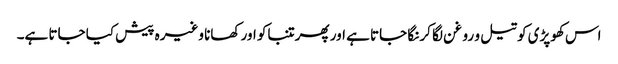
اس کھوپڑی کو تیل و روغن لگا کر نگا جاتا ہے اور پھر تنباکو اور کھانا وغیرہ پیش کیا جاتا ہے۔